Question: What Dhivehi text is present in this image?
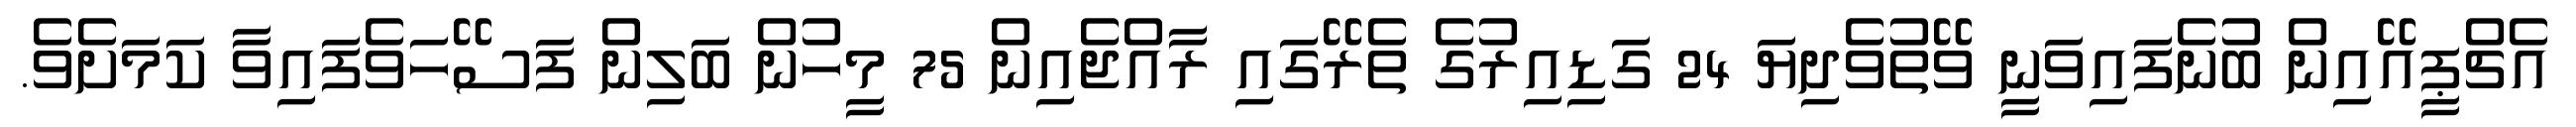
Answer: އެޗްޕީއޭއިން ބުނެފައިވަނީ ވޭތުވެދިޔަ 24 ގަޑިއިރުގެ ތެރޭގައި ރާއްޖެއިން 75 މީހުން ބަލިން ފަސޭހަވެފައިވާ ކަމަށެވެ.